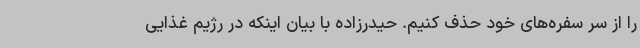
را از سر سفره‌های خود حذف کنیم. حیدرزاده با بیان اینکه در رژیم غذایی